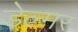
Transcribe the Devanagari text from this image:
डेल्मर